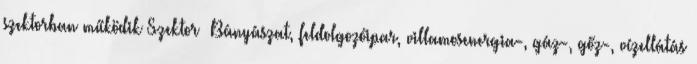
szektorban működik Szektor ▪Bányászat, feldolgozóipar, villamosenergia-, gáz-, gőz-, vízellátás